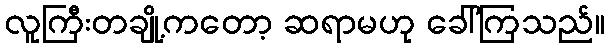
လူကြီးတချို့ကတော့ ဆရာမဟု ခေါ်ကြသည်။